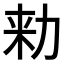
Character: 𠡠